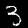
Label: 3